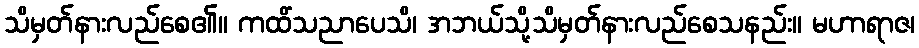
သိမှတ်နားလည်စေ၏။ ကထိံသညာပေသိ၊ အဘယ်သို့သိမှတ်နားလည်စေသနည်း။ မဟာရာဇ၊